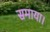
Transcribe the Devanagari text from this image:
समाया।